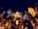
قصور